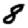
Digit: 8